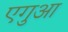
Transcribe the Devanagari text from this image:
एगुआ